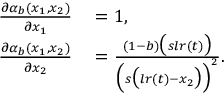
\begin{array} { r l } { \frac { \partial \alpha _ { b } ( x _ { 1 } , x _ { 2 } ) } { \partial x _ { 1 } } } & { { } = 1 , } \\ { \frac { \partial \alpha _ { b } ( x _ { 1 } , x _ { 2 } ) } { \partial x _ { 2 } } } & { { } = \frac { ( 1 - b ) \big ( s l r ( t ) \big ) } { \Big ( s \big ( l r ( t ) - x _ { 2 } \big ) \Big ) ^ { 2 } } . } \end{array}